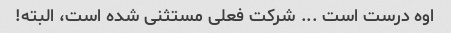
اوه درست است ... شرکت فعلی مستثنی شده است، البته!